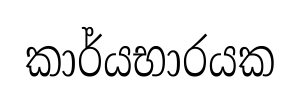
කාර්යභාරයක